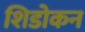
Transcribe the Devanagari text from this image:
शिडोकन